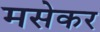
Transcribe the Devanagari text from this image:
मसेकर